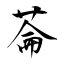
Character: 菕